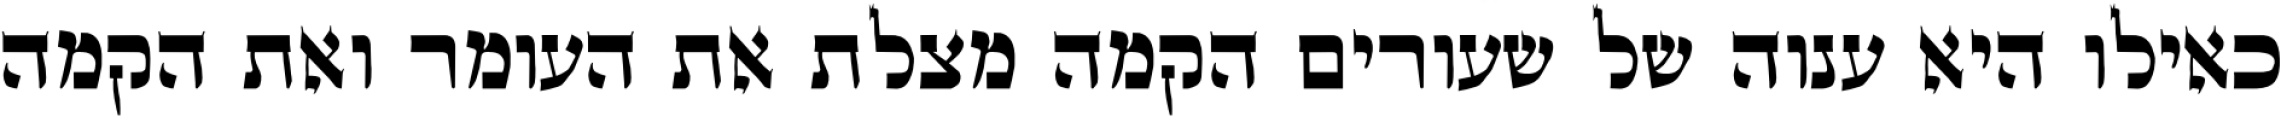
כאילו היא ענוה של שעורים הקמה מצלת את העומר ואת הקמה